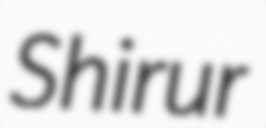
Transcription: Shirur